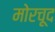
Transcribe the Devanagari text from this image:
मोरचूद